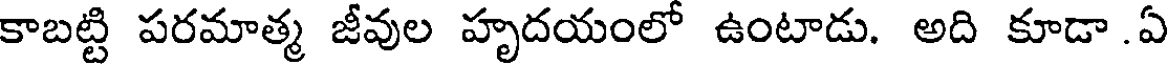
కాబట్టి పరమాత్మ జీవుల హృదయంలో ఉంటాడు. అది కూడా.ఏ